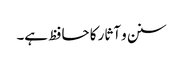
سنن و آثار کا حافظ ہے۔